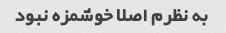
به نظرم اصلا خوشمزه نبود